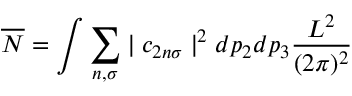
\overline { { { N } } } = \int \sum _ { n , \sigma } \mid c _ { 2 n \sigma } \mid ^ { 2 } d p _ { 2 } d p _ { 3 } \frac { L ^ { 2 } } { ( 2 \pi ) ^ { 2 } }